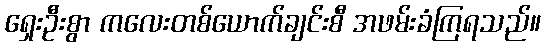
ရှေးဦးစွာ ကလေးတစ်ယောက်ချင်းစီ အဖမ်းခံကြရသည်။